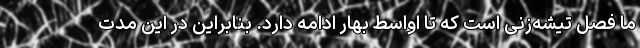
ما فصل تیشه‌زنی است که تا اواسط بهار ادامه دارد. بنابراین در این مدت